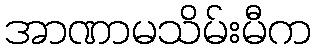
အာဏာမသိမ်းမီက